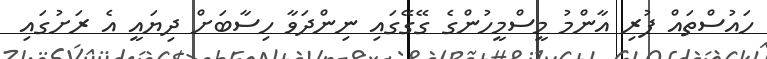
ހައުސްތައް ފުރި އާންމު މީސްމީހުންގެ ގޭގޭގައި ނިންދަވާ ހިސާބަށް ދިޔައީ އެ ރަށުގައި